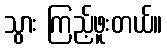
သွား ကြည့်ဖူးတယ်။